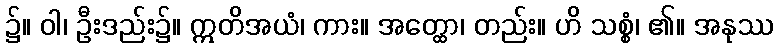
၌။ ဝါ၊ ဦးဒည်း၌။ ဣတိအယံ၊ ကား။ အတ္ထော၊ တည်း။ ဟိ သစ္စံ၊ ၏။ အနုဿ